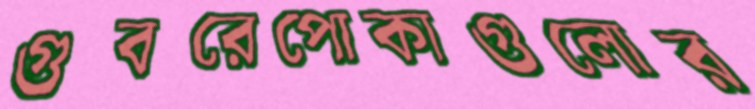
গুবরেপোকাগুলোর